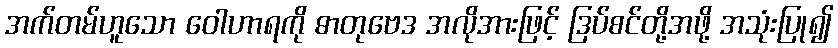
အက်တမ်ဟူသော ဝေါဟာရကို ဓာတုဗေဒ အလိုအားဖြင့် ဒြပ်စင်တို့အဖို့ အသုံးပြု၍